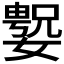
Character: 𫱲